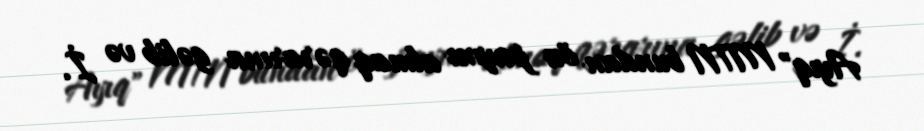
Ayıq" MTN bundan öz payını almaq qərarına gəlib və İ.